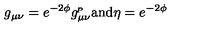
g _ { \mu \nu } = e ^ { - 2 \phi } g _ { \mu \nu } ^ { \! _ { P } } \mathrm { a n d } \eta = e ^ { - 2 \phi }